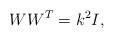
LaTeX: \begin{align*} WW^T=k^2I, \end{align*}